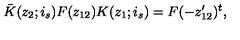
\bar { K } ( z _ { 2 } ; i _ { s } ) F ( z _ { 1 2 } ) K ( z _ { 1 } ; i _ { s } ) = F ( - z _ { 1 2 } ^ { \prime } ) ^ { t } ,